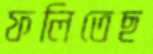
ফলিতেছ